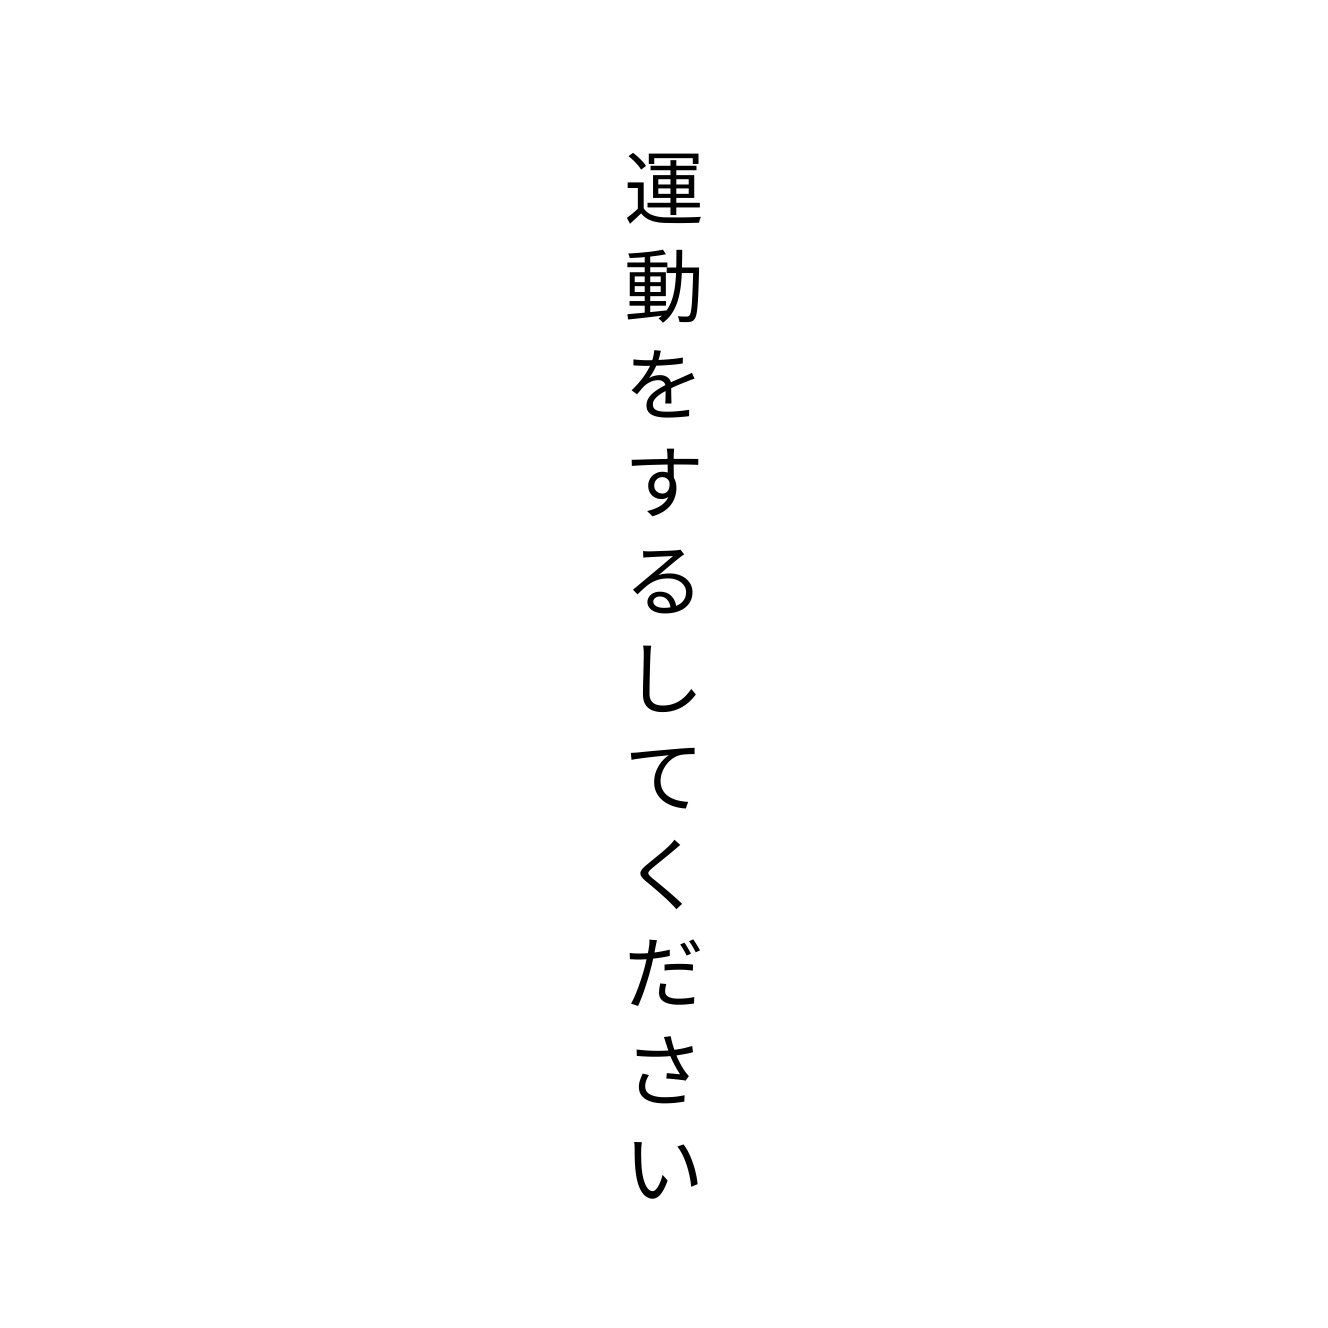
運動をするしてください